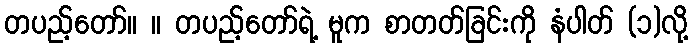
တပည့်တော်။ ။ တပည့်တော်ရဲ့ မူက စာတတ်ခြင်းကို နံပါတ် (၁)လို့